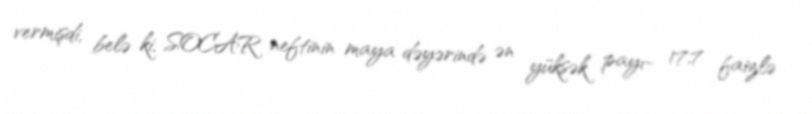
vermişdi, belə ki, SOCAR neftinin maya dəyərində ən yüksək payı- 17,7 faizlə